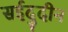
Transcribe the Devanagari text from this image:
सईदुदीन